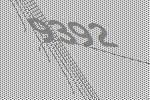
9392